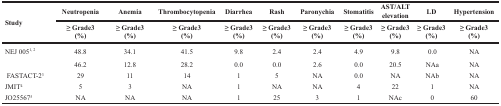
<table><thead><tr><td rowspan="2"><b>Study</b></td><td><b>Neutropenia</b></td><td><b>Anemia</b></td><td><b>Thrombocytopenia</b></td><td><b>Diarrhea</b></td><td><b>Rash</b></td><td><b>Paronychia</b></td><td><b>Stomatitis</b></td><td><b>AST/ALT elevation</b></td><td><b>LD</b></td><td><b>Hypertension</b></td></tr><tr><td><b>≥ Grade3 (%)</b></td><td><b>≥ Grade3 (%)</b></td><td><b>≥ Grade3 (%)</b></td><td><b>≥ Grade3 (%)</b></td><td><b>≥ Grade3 (%)</b></td><td><b>≥ Grade3 (%)</b></td><td><b>≥ Grade3 (%)</b></td><td><b>≥ Grade3 (%)</b></td><td><b>≥ Grade3 (%)</b></td><td><b>≥ Grade3 (%)</b></td></tr></thead><tbody><tr><td>NEJ 005<sup>1, 2</sup></td><td>48.8</td><td>34.1</td><td>41.5</td><td>9.8</td><td>2.4</td><td>2.4</td><td>4.9</td><td>9.8</td><td>0.0</td><td>NA</td></tr><tr><td></td><td>46.2</td><td>12.8</td><td>28.2</td><td>0.0</td><td>0.0</td><td>2.6</td><td>0.0</td><td>20.5</td><td>NAa</td><td>NA</td></tr><tr><td>FASTACT-2<sup>3</sup></td><td>29</td><td>11</td><td>14</td><td>1</td><td>5</td><td>NA</td><td>0.0</td><td>NA</td><td>NAb</td><td>NA</td></tr><tr><td>JMIT<sup>4</sup></td><td>5</td><td>3</td><td>NA</td><td>1</td><td>NA</td><td>NA</td><td>4</td><td>22</td><td>1</td><td>NA</td></tr><tr><td>JO25567<sup>5</sup></td><td>NA</td><td>NA</td><td>NA</td><td>1</td><td>25</td><td>3</td><td>1</td><td>NAc</td><td>0</td><td>60</td></tr></tbody></table>